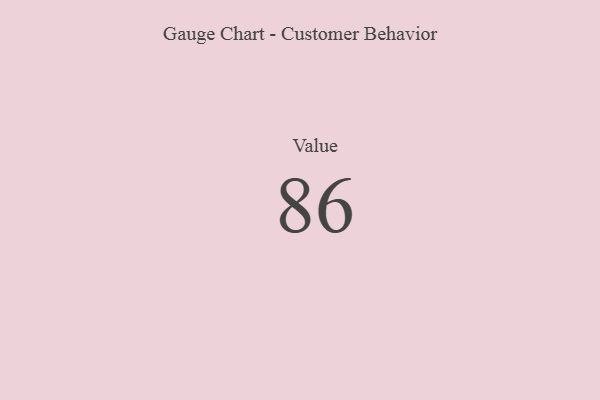
{"axis": {"x": "Metric", "y": "Value"}, "legend": [""], "data": [{"x": "Value", "y": 86, "type": ""}]}